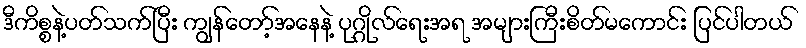
ဒီကိစ္စနဲ့ပတ်သက်ပြီး ကျွန်တော့်အနေနဲ့ ပုဂ္ဂိုလ်ရေးအရ အများကြီးစိတ်မကောင်း ပြင်ပါတယ်